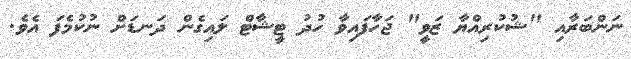
ނަންބަރާއި "ޝުކުރިއްޔާ ޒަވީ" ޖަހާފައިވާ ހުދު ޓީޝާޓް ލައިގެން ދަނޑަށް ނުކުމެފަ އެވެ.